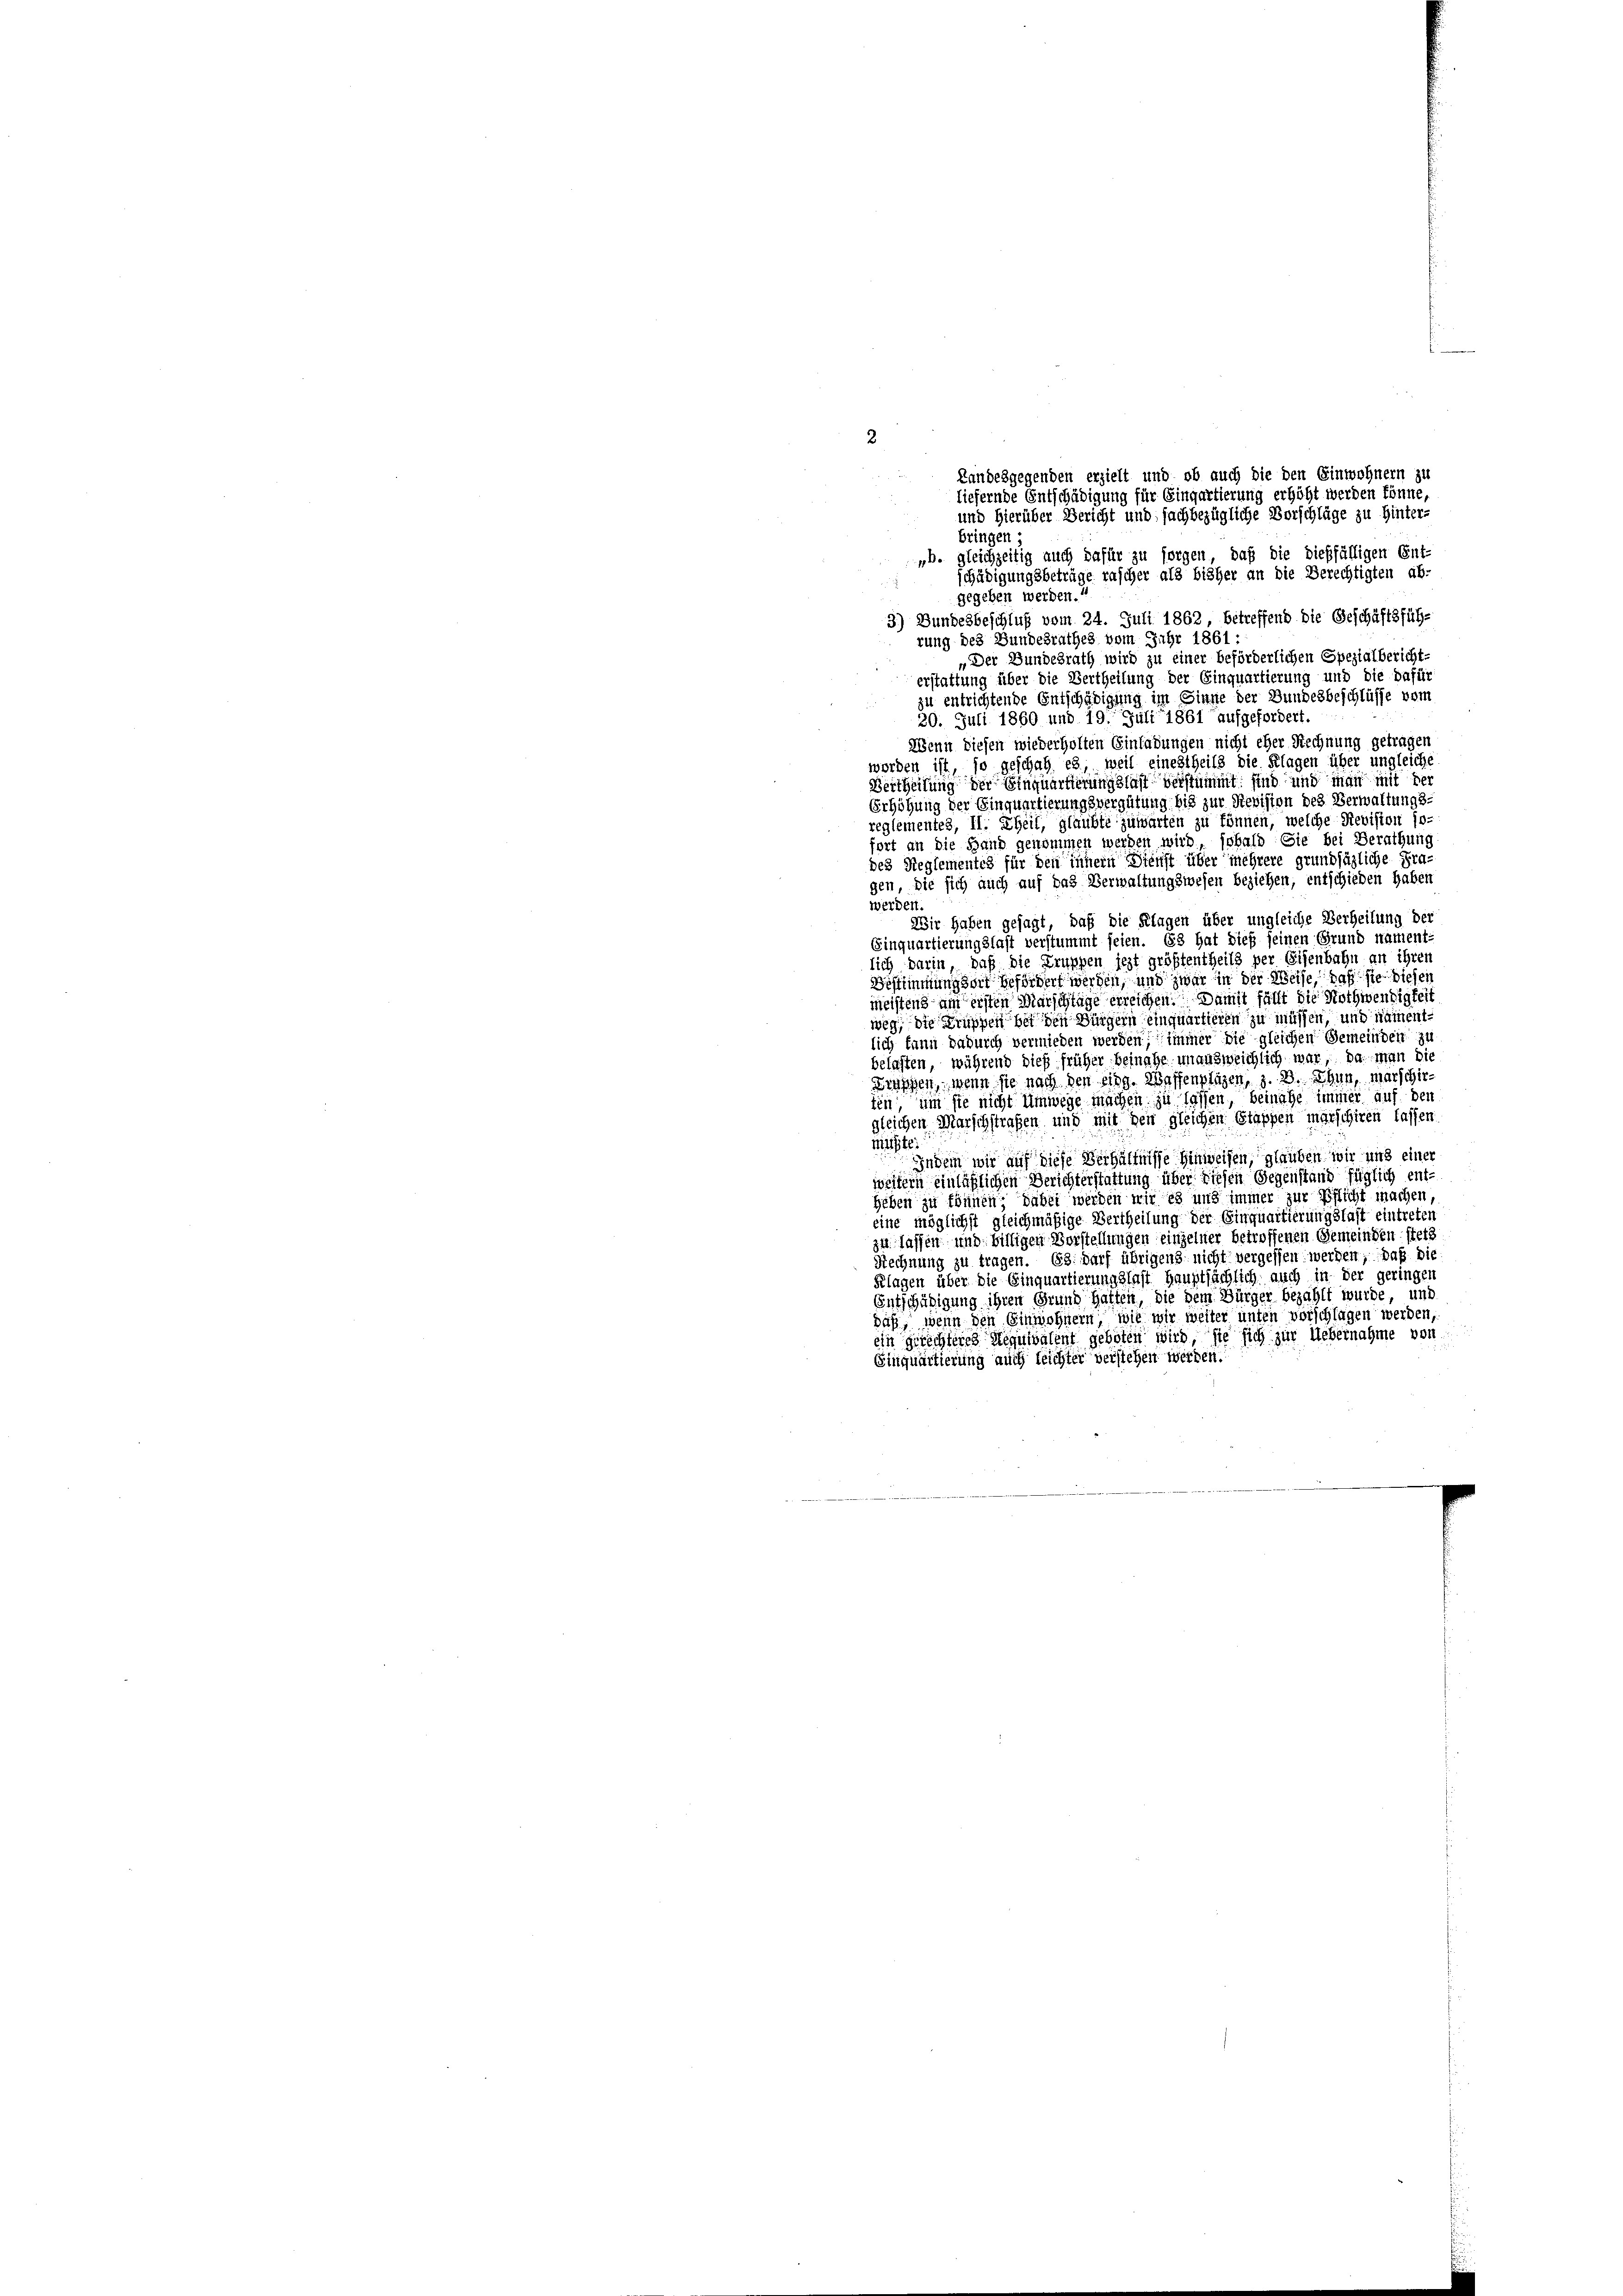
2
Landesgegenden erzielt und ob auch die den Einwohnern zu
liefernde Entschädigung für Eingartierung erhöht werden könne,
und hierüber Bericht und sachbezügliche Vorschläge zu Hinter-
bringen
„b. gleichzeitig auch dafür zu sorgen, daß die dießfälligen Ent
schädigungsbeträge rascher als bisher an die Berechtigten ab-

gegeben werden.“
3) Bundesbeschluß vom 24. Juli 1862, betreffend die Geschäftsführung des Bundesrathes vom Jahr 1861:
„Der Bundesrath wird zu einer beförderlichen Spezialbericht-
erstattung über die Vertheilung der Einquartierung und die dafür
zu entrichtende Entschädigung im Sinne der Bundesbeschlüsse vom
20. Juli 1860 und 19. Juli 1861 aufgefordert.
Wenn diesen wiederholten Einladungen nicht eher Rechnung getragen
werden ist, so geschah es, weil einestheils die Klagen über ungleiche
Vertheilung der Einquartierungslast verstimmt sind und man mit der
Erhöhung der Einquartierungsvergütung bis zur Revision des Verwaltungs-
reglementes, II. Theil, glaubte zuwarten zu können, welche Revision so-
fort an die Hand genommen werden wird, sobald Sie bei Berathung
des Reglementes für den innern Dienst über mehrere grundsätzliche Fra-
gen, die sich auch auf das Verwaltungswesen beziehen, entschieden haben
werden.
Wir haben gesagt, daß die Klagen über ungleiche Verheilung de
Einquartierungslast verstummt seien. Es hat dieß seinen Grund nament-
lich darin, daß die Truppen jezt größtentheils per Eisenbahn an ihren
Bestimmung dort befördert werden, und zwar in der Weise, daß sie dieser
meistens am ersten Marschtage erreichen. Damit fällt die Nothwendigkeit
weg, die Truppen bei den Bürgern einquartieren zu müssen, und namentlich kann dadurch vermieden werden; immer die gleichen Gemeinden zu
belasten, während dies früher beinahe unausweichlich war, da man die
Draffen, wenn sie nach den eidg. Wassenpläzen, z. B. Thun, marschieten, um sie nicht Umwege machen zu lassen, beinahe immer auf den
leichen Marschstrafen und mit den gleichen Stappen marschiren lassen
mitte:
Indem wir auf diese Verhältnisse hinweisen, glauben wir und einer
weitern einläßlichen Berichterstattung über diesen Gegenstand füglich ent-
heben zu können; dabei werden wir es und immer zur Pflicht machen,
eine möglichst gleichmäßige Vertheilung der Einquartierungslast eintreten
zu lassen und billigen Vorstellungen einzelner betroffenen Gemeinden stets
Rechnung zu tragen. 63. Darf übrigens nicht vergessen werden, daß die
Klagen über die Einquartierungslast Hauptsächlich auch in der geringer
Entschädigung ihren Grund hatten, die dem Bürger bezahlt wurde, und
daß, wenn den Einwohnern, wie wir weiter unten vorschlagen werden,
ein gerechteres Requivalent geboten wird, sie sich zur Uebernahme von
Einquartierung auch leichter verstehen werden.